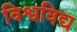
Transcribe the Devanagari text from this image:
विश्वविद्य